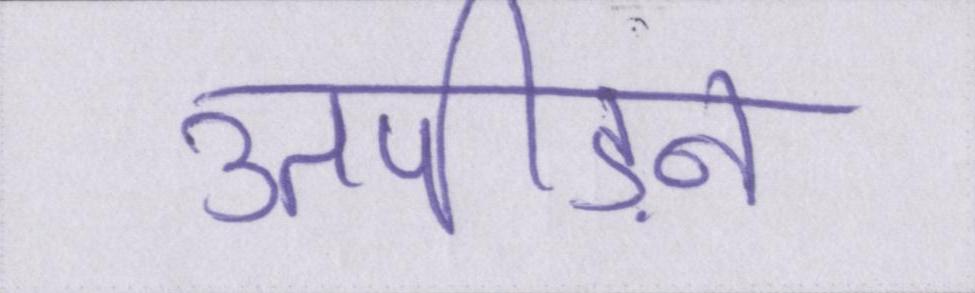
उतपीड़न